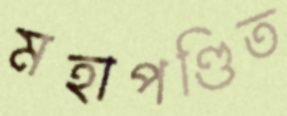
মহাপণ্ডিত